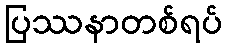
ပြဿနာတစ်ရပ်